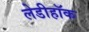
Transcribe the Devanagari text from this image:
लेडीहॉक